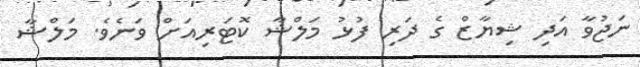
ނަޖުވާ އަދި ޝިޔާޒް ގެ ދަރި ފުޅު މަލްޝާ ކޮޓަރިއަށް ވަނެވެ. މަލްޝާ